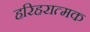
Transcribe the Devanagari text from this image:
हरिहरात्मक